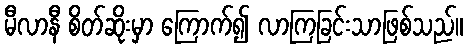
မီလာနီ စိတ်ဆိုးမှာ ကြောက်၍ လာကြခြင်းသာဖြစ်သည်။